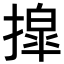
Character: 𫽿